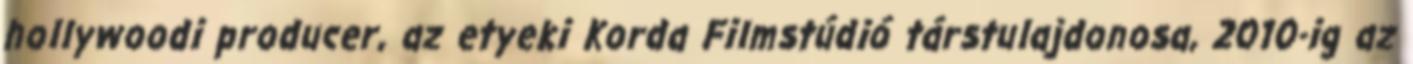
hollywoodi producer, az etyeki Korda Filmstúdió társtulajdonosa, 2010-ig az